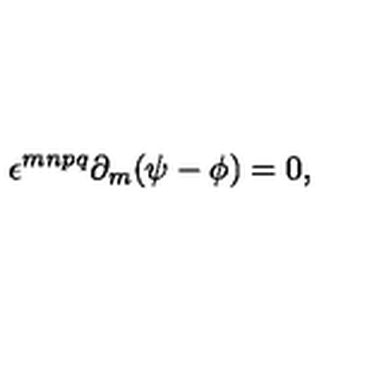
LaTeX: \epsilon ^ { m n p q } \partial _ { m } ( \psi - \phi ) = 0 ,